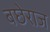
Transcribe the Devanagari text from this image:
बछेराज